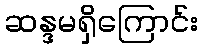
ဆန္ဒမရှိကြောင်း